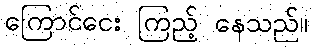
ကြောင်ငေး ကြည့် နေသည်။